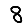
Digit: 8